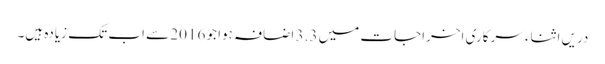
دریں اثناء سرکاری اخراجات میں 3.3 اضافہ ہوا جو 2016 سے اب تک زیادہ ہیں۔